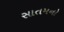
સાતમનો